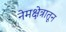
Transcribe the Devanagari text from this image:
नेमक्षेत्रातून